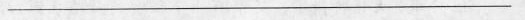
___